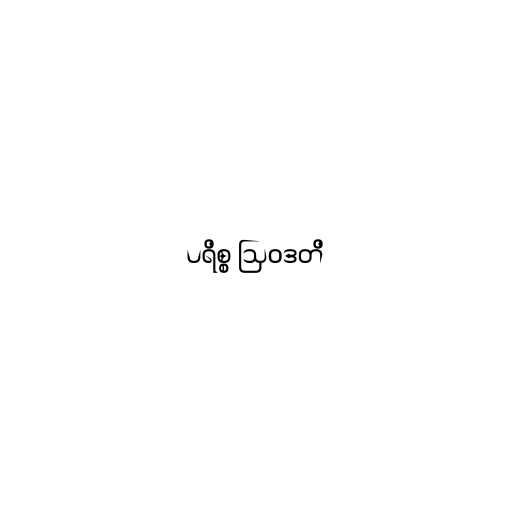
ပရိစ္စ ဩဝဒတိ